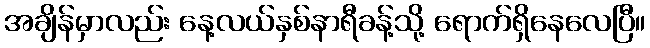
အချိန်မှာလည်း နေ့လယ်နှစ်နာရီခန့်သို့ ရောက်ရှိနေလေပြီ။